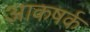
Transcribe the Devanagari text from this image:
आकषर्क